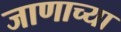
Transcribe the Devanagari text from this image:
जाणाच्या